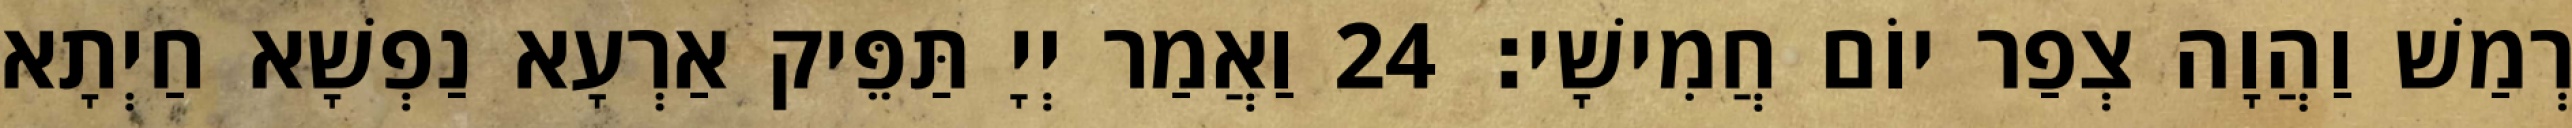
רְמַשׁ וַהֲוָה צְפַר יוֹם חֲמִישָׁי׃ 24 וַאֲמַר יְיָ תַּפֵּיק אַרְעָא נַפְשָׁא חַיְתָא